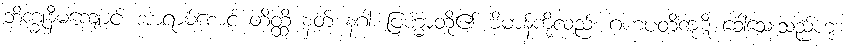
ဘိက္ခုနီမကျောင်း အာရာမ်စောင့် တိတ္ထိ နတ် နဂါး ဗြဟ္မာတို့၏ ဗိမာန်ကိုလည်း ဂဟပတိကုဋိ ခေါ်သေးသည်ဟု